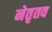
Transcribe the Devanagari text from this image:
नेतृतव